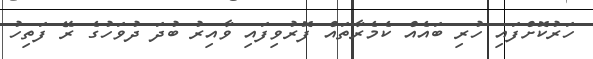
ހަރުކޮށްފައި ހުރި ބައެއް ކެމެރާތައް ފޮރުވިފައި ވާއިރު ބުދަ ދުވަހުގެ ރޭ ފަތިހު